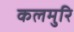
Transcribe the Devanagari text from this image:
कलमुरि